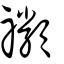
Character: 禷